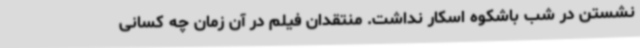
نشستن در شب باشکوه اسکار نداشت. منتقدان فیلم در آن زمان چه کسانی